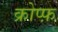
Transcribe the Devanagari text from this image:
क्रोप्फ़